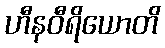
ဟီနဝီရိယောတိ